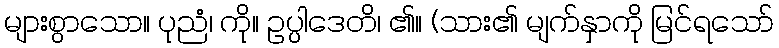
များစွာသော။ ပုညံ၊ ကို။ ဥပ္ပါဒေတိ၊ ၏။ (သား၏ မျက်နှာကို မြင်ရသော်